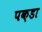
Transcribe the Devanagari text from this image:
पक़डा